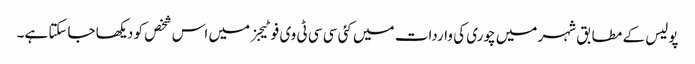
پولیس کے مطابق شہر میں چوری کی واردات میں کئی سی سی ٹی وی فوٹیجز میں اس شخص کو دیکھا جاسکتا ہے۔